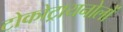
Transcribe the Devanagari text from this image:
टोकोट्रायनोलों